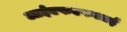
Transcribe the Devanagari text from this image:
आईएफएफआई